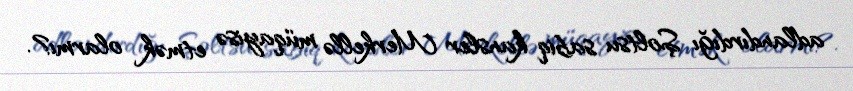
adlandırdığı Şoltsu sabiq kansler Merkellə müqayisə etmək olarmı?.